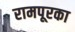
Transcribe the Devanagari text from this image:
रामपूरका